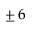
\pm \, 6